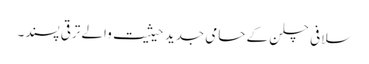
سلافی چلن کے حامی جدید حیثیت والے ترقی پسند۔